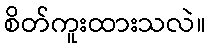
စိတ်ကူးထားသလဲ။